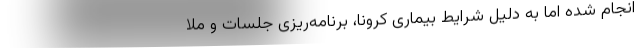
انجام شده اما به دلیل شرایط بیماری کرونا، برنامه‌ریزی جلسات و ملا